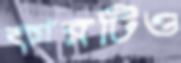
কারটিও